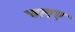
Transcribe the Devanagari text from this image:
चलए